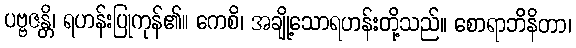
ပဗ္ဗဇန္တိ၊ ရဟန်းပြုကုန်၏။ ကေစိ၊ အချို့သောရဟန်းတို့သည်။ စောရာဘိနိတာ၊